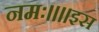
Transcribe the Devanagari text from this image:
नमः॥॥इस